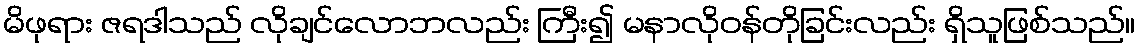
မိဖုရား ဇရဒါသည် လိုချင်လောဘလည်း ကြီး၍ မနာလိုဝန်တိုခြင်းလည်း ရှိသူဖြစ်သည်။